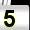
Digit: 5